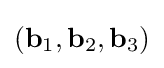
(\mathbf {b} _{1},\mathbf {b} _{2},\mathbf {b} _{3})